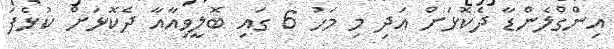
އިންގްލެންޑާ ދެކޮޅަށް އަދި މި މަހު 6 ގައި ބޮލީވިއާއާ ދެކޮޅަށް ކުޅެފަ